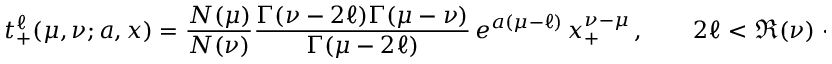
t _ { + } ^ { \ell } ( \mu , \nu ; a , x ) = \frac { N ( \mu ) } { N ( \nu ) } \frac { \Gamma ( \nu - 2 \ell ) \Gamma ( \mu - \nu ) } { \Gamma ( \mu - 2 \ell ) } \, e ^ { a ( \mu - \ell ) } \, x _ { + } ^ { \nu - \mu } \, , \qquad 2 \ell < \Re ( \nu ) < \Re ( \mu ) \, .